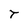
Character: T